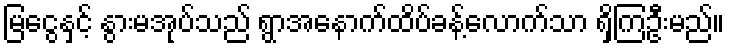
မြငွေနှင့် နွားမအုပ်သည် ရွာအနောက်ထိပ်ခန့်လောက်သာ ရှိကြဦးမည်။